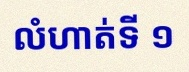
លំហាត់ទី ១